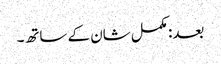
بعد: مکمل شان کے ساتھ۔